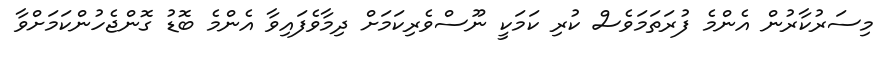
މިސަރުކާރުން އެންމެ ފުރަތަމަވެސް ކުރި ކަމަކީ ނޫސްވެރިކަމަށް ދިމާވެފައިވާ އެންމެ ބޮޑު ގޮންޖެހުންކަމަށްވާ